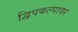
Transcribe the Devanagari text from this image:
द्विपकल्पावर